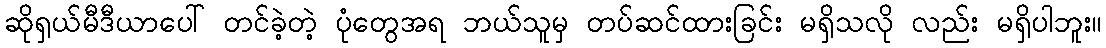
ဆိုရှယ်မီဒီယာပေါ် တင်ခဲ့တဲ့ ပုံတွေအရ ဘယ်သူမှ တပ်ဆင်ထားခြင်း မရှိသလို လည်း မရှိပါဘူး။